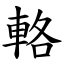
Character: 輅